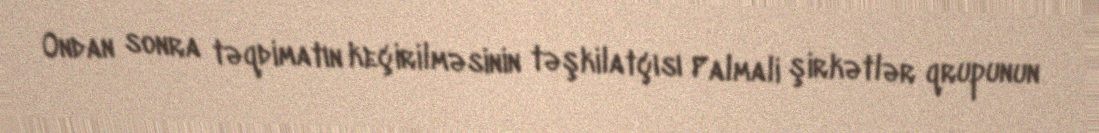
Ondan sonra təqdimatın keçirilməsinin təşkilatçısı Palmali şirkətlər qrupunun